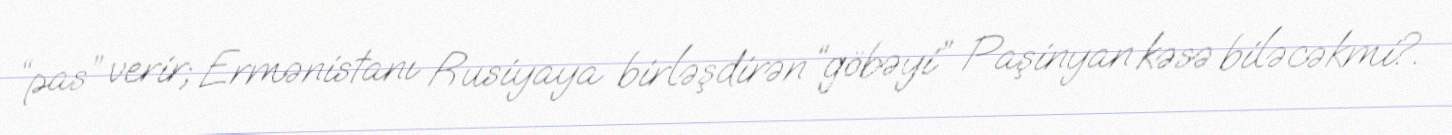
“pas” verir; Ermənistanı Rusiyaya birləşdirən “göbəyi” Paşinyan kəsə biləcəkmi?.